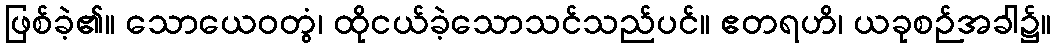
ဖြစ်ခဲ့၏။ သောယေဝတွံ၊ ထိုငယ်ခဲ့သောသင်သည်ပင်။ ဧတရဟိ၊ ယခုစဉ်အခါ၌။